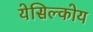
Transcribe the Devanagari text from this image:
येसिल्कोय